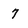
Character: 7